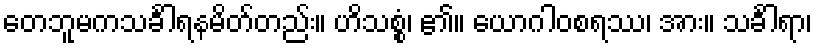
တေဘူမကသင်္ခါရနမိတ်တည်း။ ဟိသစ္စံ၊ ၏။ ယောဂါဝစရဿ၊ အား။ သင်္ခါရာ၊